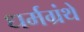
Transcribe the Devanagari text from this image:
धर्मग्रंथे